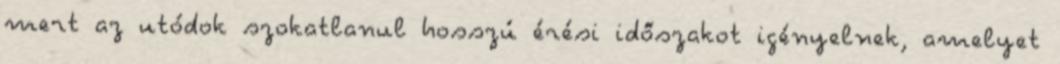
mert az utódok szokatlanul hosszú érési időszakot igényelnek, amelyet